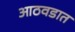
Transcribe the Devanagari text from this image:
आठवडात